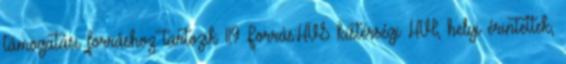
támogatási forráshoz tartozik 119 Forrás:HVS kistérségi HVI, helyi érintettek,